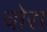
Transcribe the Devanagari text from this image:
चोरा